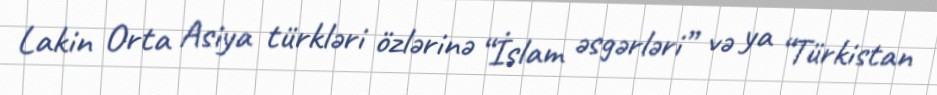
Lakin Orta Asiya türkləri özlərinə “İslam əsgərləri” və ya “Türkistan